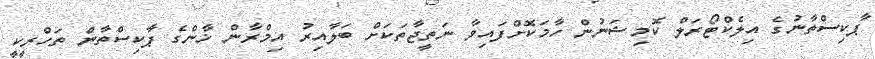
ޕާކިސްތާނުގެ އިލެކްޓޯރަލް ކޮމިޝަނުން ހާމަކޮށްފައިވާ ނަތީޖާތަކަށް ބަލާއިރު އިމްރާން ޚާންގެ ޕާކިސްތާން ތަހްރީކީ